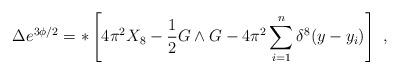
LaTeX: \begin{align*}\Delta e^{3\phi/ 2}= *\left[4\pi^2 X_8 - {1\over 2} G \wedge G -4\pi^2 \sum^n_{i =1} \delta^8(y - y_i)\right] \ ,\end{align*}